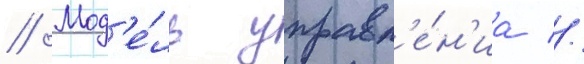
// Мод'е́ль управл'е́н'иа //